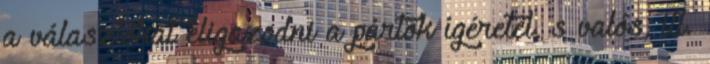
a választókat eligazodni a pártok ígéretei, s valós, ill.